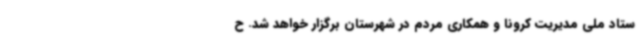
ستاد ملی مدیریت کرونا و همکاری مردم در شهرستان برگزار خواهد شد. ح